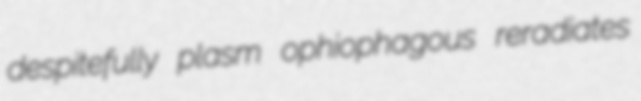
despitefully plasm ophiophagous reradiates